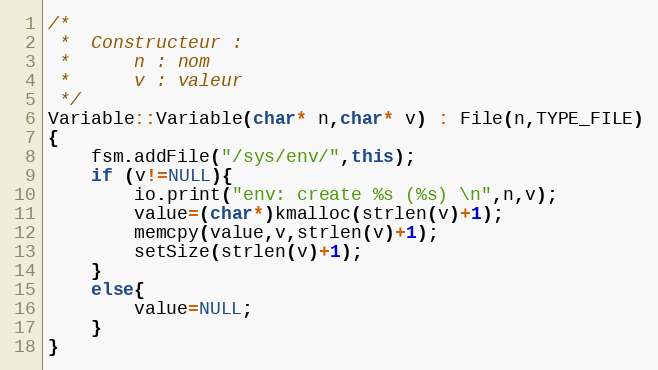
Language: C++
/*
 *	Constructeur :
 *		n : nom
 *		v : valeur
 */
Variable::Variable(char* n,char* v) : File(n,TYPE_FILE)
{
	fsm.addFile("/sys/env/",this);
	if (v!=NULL){
		io.print("env: create %s (%s) \n",n,v);
		value=(char*)kmalloc(strlen(v)+1);
		memcpy(value,v,strlen(v)+1);
		setSize(strlen(v)+1);
	}
	else{
		value=NULL;
	}
}